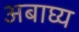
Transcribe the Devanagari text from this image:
अबाघ्य